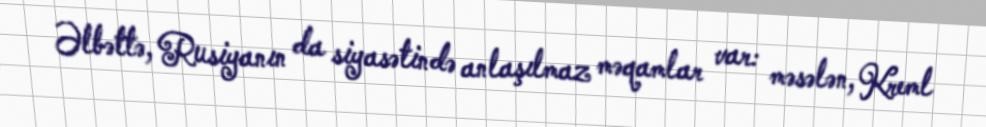
Əlbəttə, Rusiyanın da siyasətində anlaşılmaz məqamlar var: məsələn, Kreml